Civil Veterinary Department Bihar reports 1936-40 - 1936-1940
Year: 1936
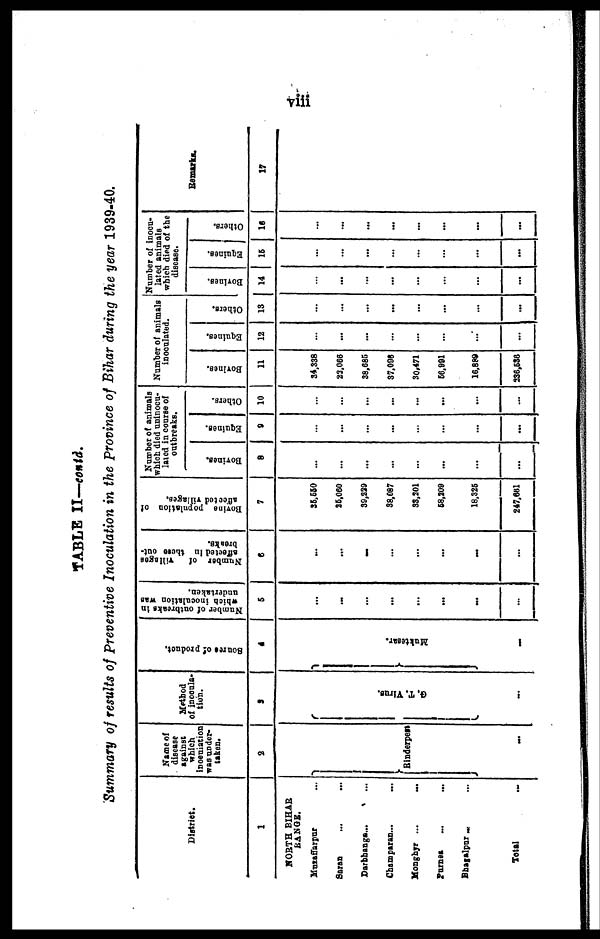
viii
TABLE II—contd.
Summary of results of Preventive Inoculation in the province of Bihar during the year 1939-40.
District.
1
NORTH BIHAR
BANGS.
Muzaffarpur ...
Saran ... ...
Darbhanga ... ...
Champaran...
...
Monghyr ... ...
Purnes ... ...
Bhagalpur ... ...
Total ...
Name of
disease
against
which
inocuiation
was under-
taken.
2
Rinderpest
...
Method
of inocula-
tion.
3
G.
T. Virus.
...
Source of product.
4
Muktesar.
...
Number of outbreaks in
which inoculation was
undertaken.
5
...
...
...
...
...
...
...
...
Number of
villages
affected in these out-
breaks.
6
...
...
...
...
...
...
...
...
Bovine population of
affected Tillages.
7
35,550
35,060
39,229
38,087
33,201
58,209
18,325
247,661
Number of animals
which died uninocu-
lated in course of
outbreaks.
Bovines.
8
...
...
...
...
...
...
...
...
Equines.
9
...
...
...
...
...
...
...
...
Others.
10
...
...
...
...
...
...
...
...
Number of animals
inoculated.
Bovines.
11
34,338
22,066
38,685
37,096
30,471
56,991
16,889
236,536
Equines.
12
...
...
...
...
...
...
...
...
Others.
13
...
...
...
...
...
...
...
...
Number of inocu-
lated animals
which died of the
disease.
Bovines.
14
...
...
...
...
...
...
...
...
Equines.
15
...
...
...
...
...
...
...
...
Others.
16
...
...
...
...
...
...
...
...
Remarks.
17